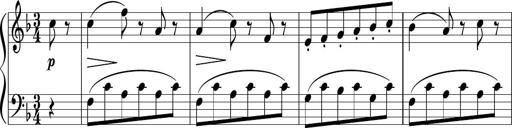
Title: 3 Sonatinen
Composer: Heinrich Lichner